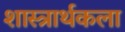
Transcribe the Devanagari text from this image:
शास्त्रार्थकला